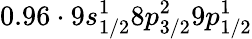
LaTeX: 0.96\cdot 9s_{1/2}^{1}8p_{3/2}^{2}9p_{1/2}^{1}